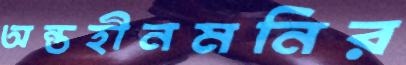
অন্তহীনমনির